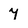
Character: 7